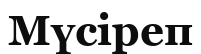
Мүсіреп